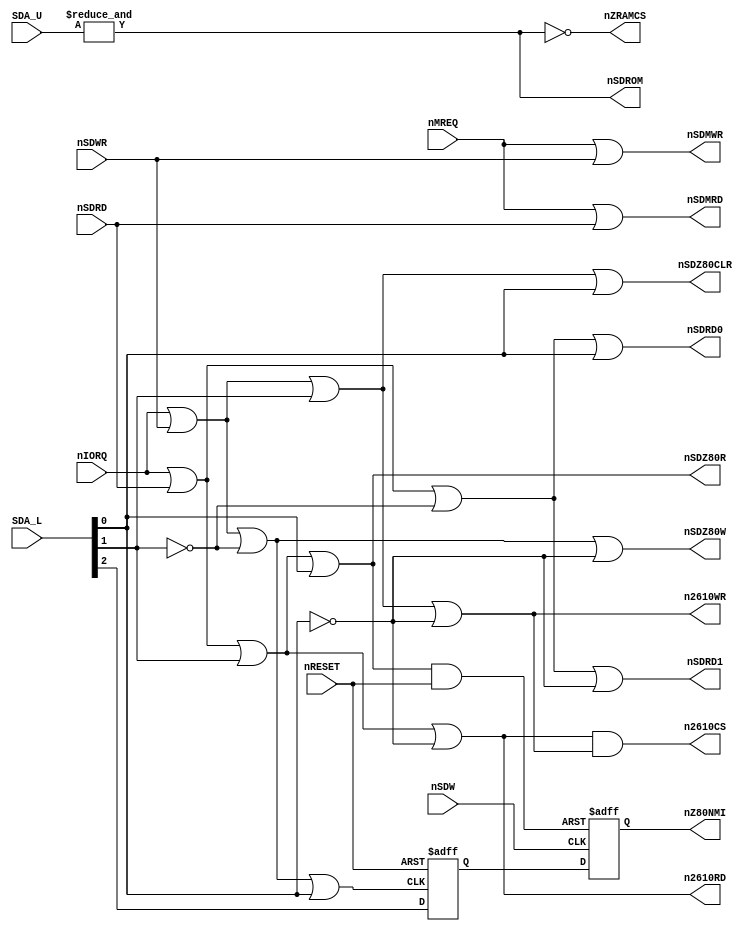
module z80ctrl(
	input [4:2] SDA_L,
	input [15:11] SDA_U,
	input nSDRD, nSDWR,
	input nMREQ, nIORQ,
	input nSDW,						// From NEO-C1
	input nRESET,
	output reg nZ80NMI,
	output nSDZ80R, nSDZ80W,	// To NEO-C1
	output nSDZ80CLR,				// To NEO-C1
	output nSDROM,
	output nSDMRD, nSDMWR,
	output nSDRD0, nSDRD1,
	output n2610CS,
	output n2610RD, n2610WR,
	output nZRAMCS
);

	reg nNMI_EN;
	wire nIORD, nIOWR;
	wire nNMI_SET, nNMI_RESET;
	
	// $0000~$F7FF: ROM
	// $F800~$FFFF: RAM
	assign nSDROM = &{SDA_U};
	assign nZRAMCS = ~nSDROM;

	assign nSDMRD = nMREQ | nSDRD;	// RAM read
	assign nSDMWR = nMREQ | nSDWR;	// RAM write
	
	assign nIORD = nIORQ | nSDRD;		// Port read
	assign nIOWR = nIORQ | nSDWR;		// Port write

	// Port $x0, $x1, $x2, $x3 read
	assign nSDZ80R = (nIORD | SDA_L[3] | SDA_L[2]);
	// Port $x0, $x1, $x2, $x3 write
	assign nSDZ80CLR = (nIOWR | SDA_L[3] | SDA_L[2]);
	
	// Port $x4, $x5, $x6, $x7 read
	assign n2610RD = (nIORD | SDA_L[3] | ~SDA_L[2]);
	// Port $x4, $x5, $x6, $x7 write
	assign n2610WR = (nIOWR | SDA_L[3] | ~SDA_L[2]);
	assign n2610CS = n2610RD & n2610WR;
	
	// Port $x8, $x9, $xA, $xB read
	assign nSDRD0 = (nIORD | ~SDA_L[3] | SDA_L[2]);
	// Port $x8, $x9, $xA, $xB write
	assign nNMI_SET = (nIOWR | ~SDA_L[3] | SDA_L[2]);
	
	// Port $xC, $xD, $xE, $xF read
	assign nSDRD1 = (nIORD | ~SDA_L[3] | ~SDA_L[2]);
	// Port $xC, $xD, $xE, $xF write
	assign nSDZ80W = (nIOWR | ~SDA_L[3] | ~SDA_L[2]);

	assign nNMI_RESET = nSDZ80R & nRESET;
	
	// NMI enable DFF
	always @(posedge nNMI_SET or negedge nRESET)
	begin
		if (!nRESET)
			nNMI_EN <= 1'b1;
		else
			nNMI_EN <= SDA_L[4];
	end
	
	// NMI trig DFF
	always @(posedge nSDW or negedge nNMI_RESET)
	begin
		if (!nNMI_RESET)
			nZ80NMI <= 1'b1;
		else
			nZ80NMI <= nNMI_EN;
	end

endmodule